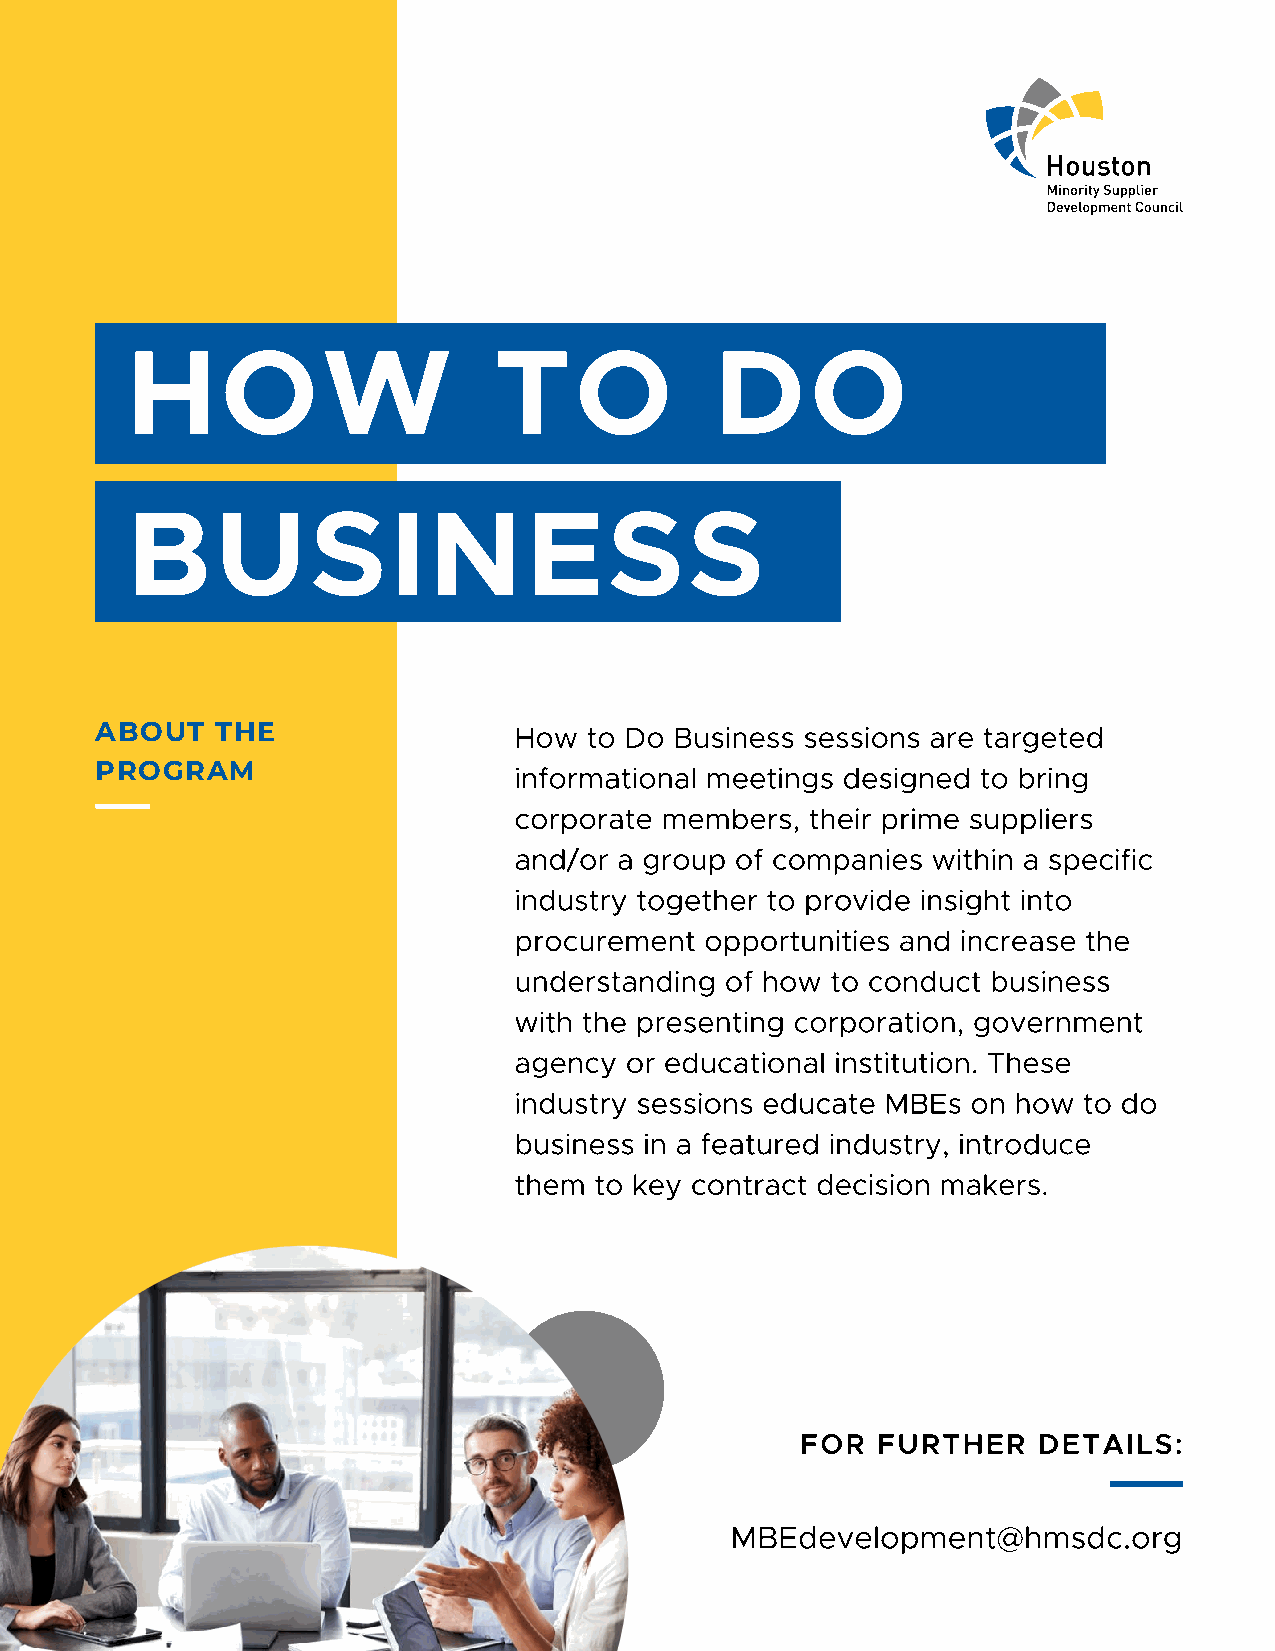
HOW                      TO            DO
 BUSINESS
 ABOUT   THE                 How  to Do Business sessions are targeted
 PROGRAM                     informational meetings designed to bring
 corporate members,  their prime suppliers
 and/or a group of companies within a specific
 industry together to provide insight into
 procurement  opportunities and increase the
 understanding of how to conduct business
 with the presenting corporation, government
 agency or educational institution. These
 industry sessions educate MBEs on how to do
 business in a featured industry, introduce
 them to key contract decision makers.
 FOR  FURTHER    DETAILS:
 MBEdevelopment@hmsdc.org